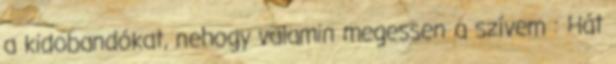
a kidobandókat, nehogy valamin megessen a szívem : Hát